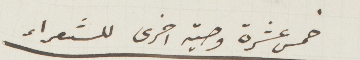
خمس عشرة وصية أخرى للشعراء